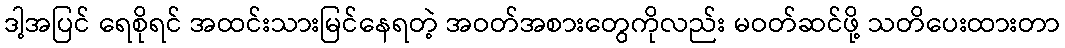
ဒါ့အပြင် ရေစိုရင် အထင်းသားမြင်နေရတဲ့ အဝတ်အစားတွေကိုလည်း မဝတ်ဆင်ဖို့ သတိပေးထားတာ